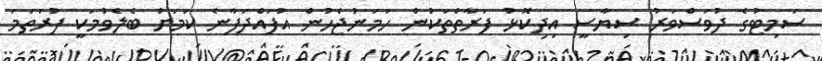
ސަމިޓުގެ ދުވަސްވަރު ސިޔާސީ އިދިކޮޅު ފަރާތްތަކުން ހަމަނުޖެހުން އުފައްދަފާނެ ކަމަށް ބެލެވުމަކީ ފުރަތަމަ